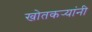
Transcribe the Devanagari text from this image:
खोतकर्‍यांनी